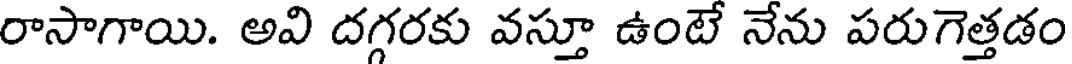
రాసాగాయి. అవి దగ్గరకు వస్తూ ఉంటే నేను పరుగెత్తడం